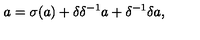
a = \sigma ( a ) + \delta \delta ^ { - 1 } a + \delta ^ { - 1 } \delta a ,